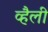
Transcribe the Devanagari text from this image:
व्हैली